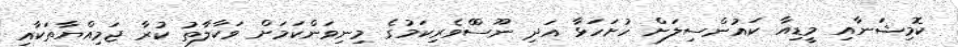
ކޮމިޝަނާއި މީޑިއާ ކައުންސިލަށް ހުށަހަޅާ އަދި ނޫސްްވެރިކަމުގެ މިނިވަންކަމަށް ވަކާލާތު ކުރާ ޖަމިއްޔާތަކާއި